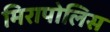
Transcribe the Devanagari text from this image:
मिरापोलिस